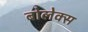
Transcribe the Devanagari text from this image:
बोलेक्स